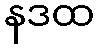
နဒထ